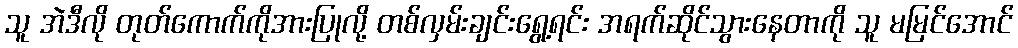
သူ အဲဒီလို တုတ်ကောက်ကိုအားပြုလို့ တစ်လှမ်းချင်းရွေ့ရင်း အရက်ဆိုင်သွားနေတာကို သူ မမြင်အောင်